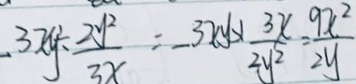
3 x y \cdot \frac { 2 y ^ { 2 } } { 3 x } = - 3 x y \frac { 3 x } { 2 y ^ { 2 } } = \frac { 9 x ^ { 2 } } { 2 y }